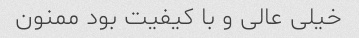
خیلی عالی و با کیفیت بود ممنون